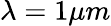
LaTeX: \lambda=1\mu m